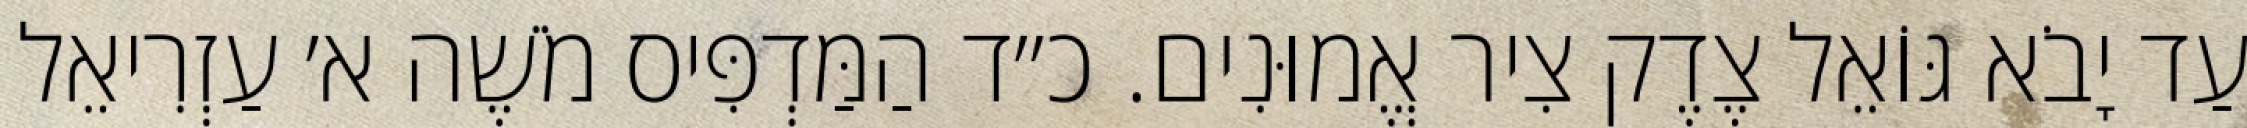
עַד יָבֹא גּוֹאֵל צֶדֶק צִיר אֱמוּנִים. כ״ד הַמַּדְפִּיס מֹשֶׁה א׳ עַזְרִיאֵל